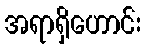
အရာရှိဟောင်း